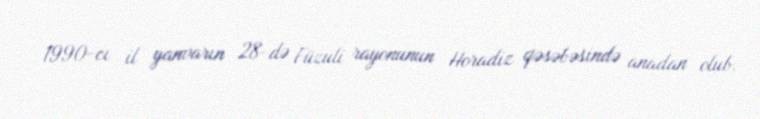
1990-cı il yanvarın 28-də Füzuli rayonunun Horadiz qəsəbəsində anadan olub.